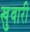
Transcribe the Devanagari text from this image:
खुवारी